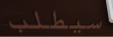
سيطلب